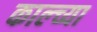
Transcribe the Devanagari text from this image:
काल्च्या